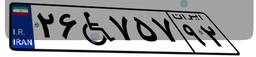
۲۶W۷۵۷۹۲